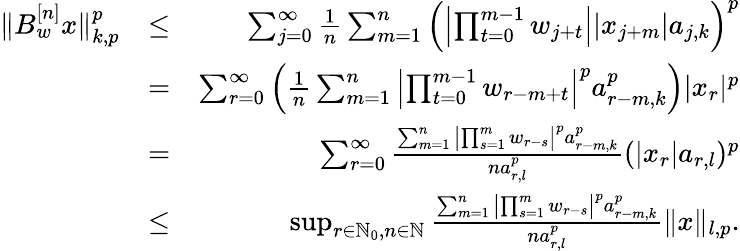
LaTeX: \begin{array}{rlr}{\Vert B_{w}^{[n]}x\Vert_{k,p}^{p}}&{\leq}&{\sum_{j=0}^{\infty}\frac{1}{n}\sum_{m=1}^{n}\left(\left|\prod_{t=0}^{m-1}w_{j+t}\right||x_{j+m}|a_{j,k}\right)^{p}}\\ &{=}&{\sum_{r=0}^{\infty}\left(\frac{1}{n}\sum_{m=1}^{n}\left|\prod_{t=0}^{m-1}w_{r-m+t}\right|^{p}a_{r-m,k}^{p}\right)|x_{r}|^{p}}\\ &{=}&{\sum_{r=0}^{\infty}\frac{\sum_{m=1}^{n}\left|\prod_{s=1}^{m}w_{r-s}\right|^{p}a_{r-m,k}^{p}}{na_{r,l}^{p}}(|x_{r}|a_{r,l})^{p}}\\ &{\leq}&{\operatorname*{sup}_{r\in\mathbb{N}_{0},n\in\mathbb{N}}\frac{\sum_{m=1}^{n}\left|\prod_{s=1}^{m}w_{r-s}\right|^{p}a_{r-m,k}^{p}}{na_{r,l}^{p}}\Vert x\Vert_{l,p}.}\end{array}